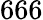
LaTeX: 666